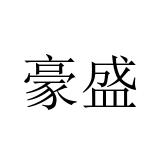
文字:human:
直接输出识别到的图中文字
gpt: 豪盛